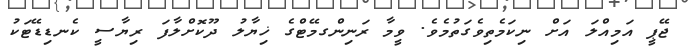
ޖޭޕީ އަމިއްލަ އަށް ނިކަމެތިވެގަތުމެވެ. ވީމާ ރަނިންގމޭޓްގެ ޚިޔާލު ދޫކޮށްލާފަ ރިޔާސީ ކެނޑިޑޭޓަކު